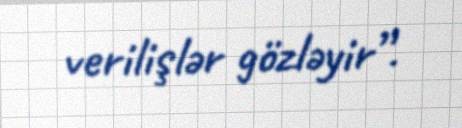
verilişlər gözləyir”.